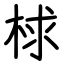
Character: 梂